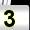
Digit: 3